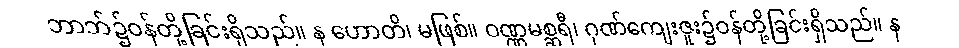
ဘာဘ်၌ဝန်တို့ခြင်းရှိသည်။ န ဟောတိ၊ မဖြစ်။ ဝဏ္ဏမစ္ဆရီ၊ ဂုဏ်ကျေးဇူး၌ဝန်တို့ခြင်းရှိသည်။ န